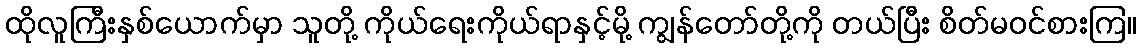
ထိုလူကြီးနှစ်ယောက်မှာ သူတို့ ကိုယ်ရေးကိုယ်ရာနှင့်မို့ ကျွန်တော်တို့ကို တယ်ပြီး စိတ်မဝင်စားကြ။